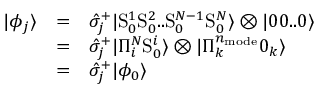
\begin{array} { c c l } { | \phi _ { j } \rangle } & { = } & { \hat { \sigma } _ { j } ^ { + } | \mathrm { S } _ { 0 } ^ { 1 } \mathrm { S } _ { 0 } ^ { 2 } . . \mathrm { S } _ { 0 } ^ { N - 1 } \mathrm { S } _ { 0 } ^ { N } \rangle \otimes | 0 0 . . 0 \rangle } \\ & { = } & { \hat { \sigma } _ { j } ^ { + } | \Pi _ { i } ^ { N } \mathrm { S } _ { 0 } ^ { i } \rangle \otimes | \Pi _ { k } ^ { n _ { \mathrm { m o d e } } } 0 _ { k } \rangle } \\ & { = } & { \hat { \sigma } _ { j } ^ { + } | \phi _ { 0 } \rangle } \end{array}